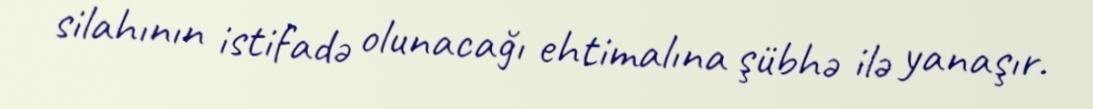
silahının istifadə olunacağı ehtimalına şübhə ilə yanaşır.